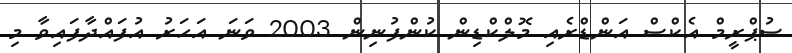
ސުޕްރީމް އެކްސް އަންޑްރެއި މޮލްކްޑިން ކުންފުނިން 2003 ވަނަ އަހަރު އުފައްދާފައިވާ މި